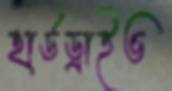
হার্ডড্রাইভ